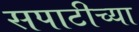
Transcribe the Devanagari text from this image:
सपाटीच्या